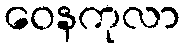
ဝေနကုလာ